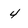
Character: 4